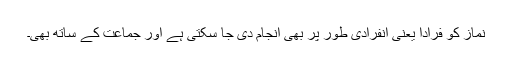
نماز کو فرادا یعنی انفرادی طور پر بھی انجام دی جا سکتی ہے اور جماعت کے ساتھ بھی۔